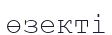
өзекті